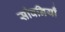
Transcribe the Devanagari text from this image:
सीवनियाँ